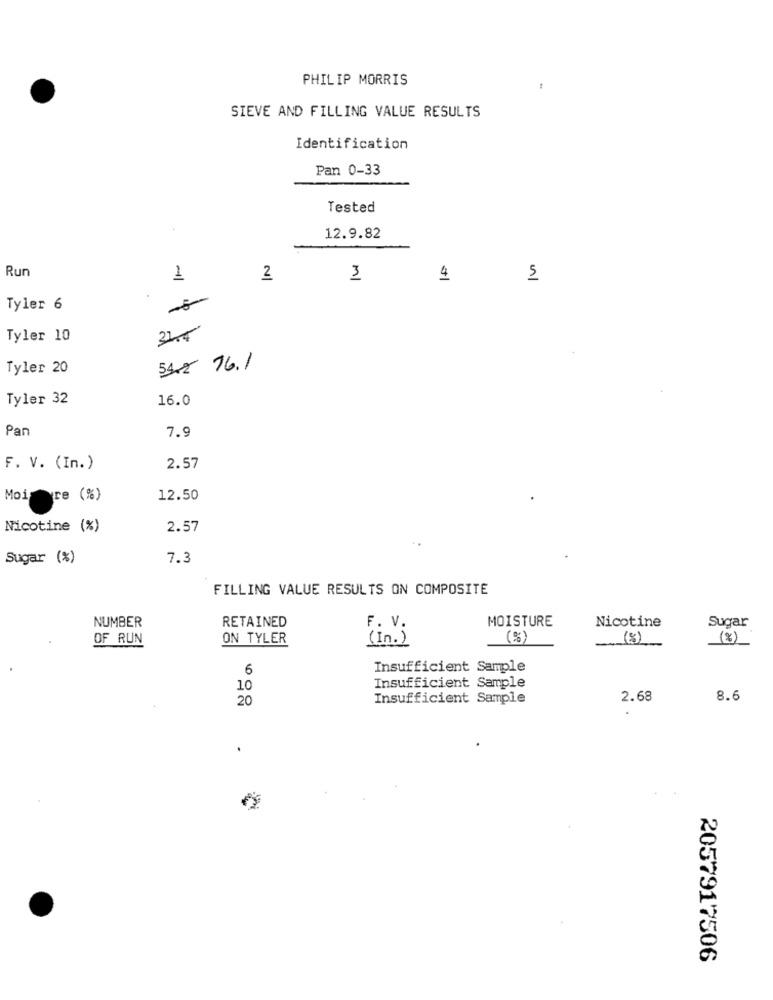
PHILIP MORRIS
SIEVE AND FILLING VALUE RESULTS
Identification
Pan 0-33
Tested
12.9.82
Run
1
2
3
4
5
Tyler 6
Tyler 10
325
Tyler 20
54.2 76.1
Tyler 32
16.0
Pan
7.9
F. V. (In.)
2.57
Mois re (%)
12.50
Nicotine (%)
2.57
Sugar (%)
7.3
FILLING VALUE RESULTS ON COMPOSITE
NUMBER
RETAINED
MOISTURE
Nicotine
Sugar
F. V.
OF RUN
ON TYLER
( In . )
(%)
(%)
(%)
6
Insufficient Sample
Insufficient Sample
10
20
Insufficient Sample
2.68
8.6
.
2057917506